Indian journal of veterinary science and animal husbandry - Volumes 24-25, 1954-1955
Year: 1954
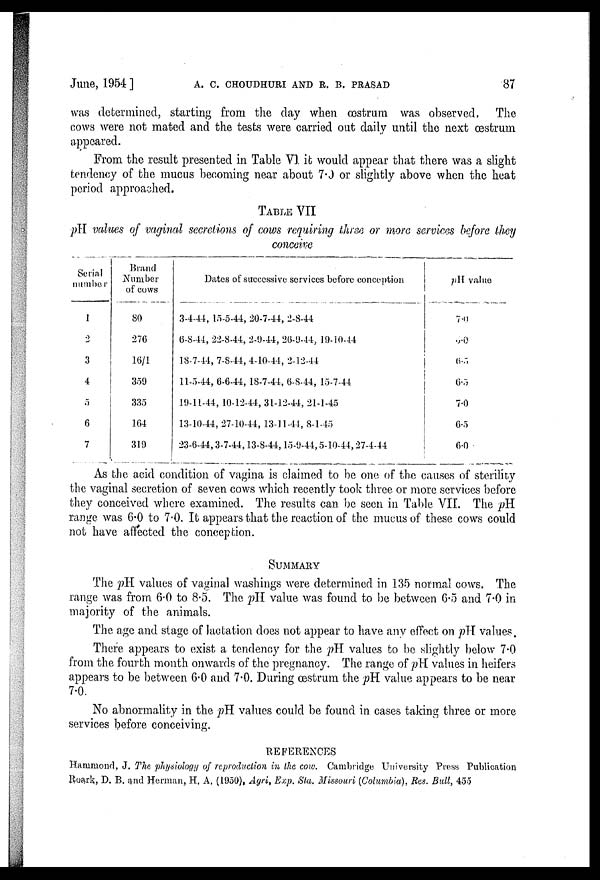
June, 1954]
A.
C.
CHOUDHURI
AND
R.
B.
PRASAD
87
was determined, starting from the day when œstrum was observed. The
cows were not mated and the tests were carried out daily until the next œstrum
appeared.
From the result presented in Table VI it would appear that there was a slight
tendency of the mucus becoming near about 7.0 or slightly above when the heat
period approached.
TABLE VII
pH values of vaginal secretions of cows requiring three or more services before they
conceive
Serial
number
1
2
3
4
5
6
7
Brand
Number
of cows
80
276
16/1
350
335
164
319
Dates of successive services before conception
3-4-44, 15-5-44, 20-7-44, 2-8-44
6-8-44, 22-8-44, 2-9-44, 26-9-44, 19-10-44
18-7-44, 7-8-44, 4-10-44, 2-12-44
11-5-44, 6-6-44, 18-7-44, 6-8-44, 15-7-44
19-11-44, 10-12-44, 31-12-44, 21-1-45
13-10-44, 27-10-44, 13-11-44, 8-1-45
23-6-44, 3-7-44, 13-8-44, 15-9-44, 5-10-44, 27-4-44
pH value
7.0
6.0
6.5
6.5
7.0
6.5
6.0
As the acid condition of vagina is claimed to be one of the causes of sterility
the vaginal secretion of seven cows which recently took three or more services before
they conceived where examined. The results can be seen in Table VII. The pH
range was 6.0 to 7.0. It appears that the reaction of the mucus of these cows could
not have affected the conception.
SUMMARY
The pH values of vaginal washings were determined in 135 normal cows. The
range was from 6.0 to 8.5. The pH value was found to be between 6.5 and 7.0 in
majority of the animals.
The age and stage of lactation does not appear to have any effect on pH values.
There appears to exist a tendency for the pH values to be slightly below 7.0
from the fourth month onwards of the pregnancy. The range of pH values in heifers
appears to be between 6.0 and 7.0. During œstrum the pH value appears to be near
7.0.
No abnormality in the pH values could be found in cases taking three or more
services before conceiving.
REFERENCES
Hammond, J. The physiology of reproduction in the cow. Cambridge University Press Publication
Roark, D. B. and Herman, H. A. (1950), Agri, Exp. Sta. Missouri (Columbia), Res. Bull, 455